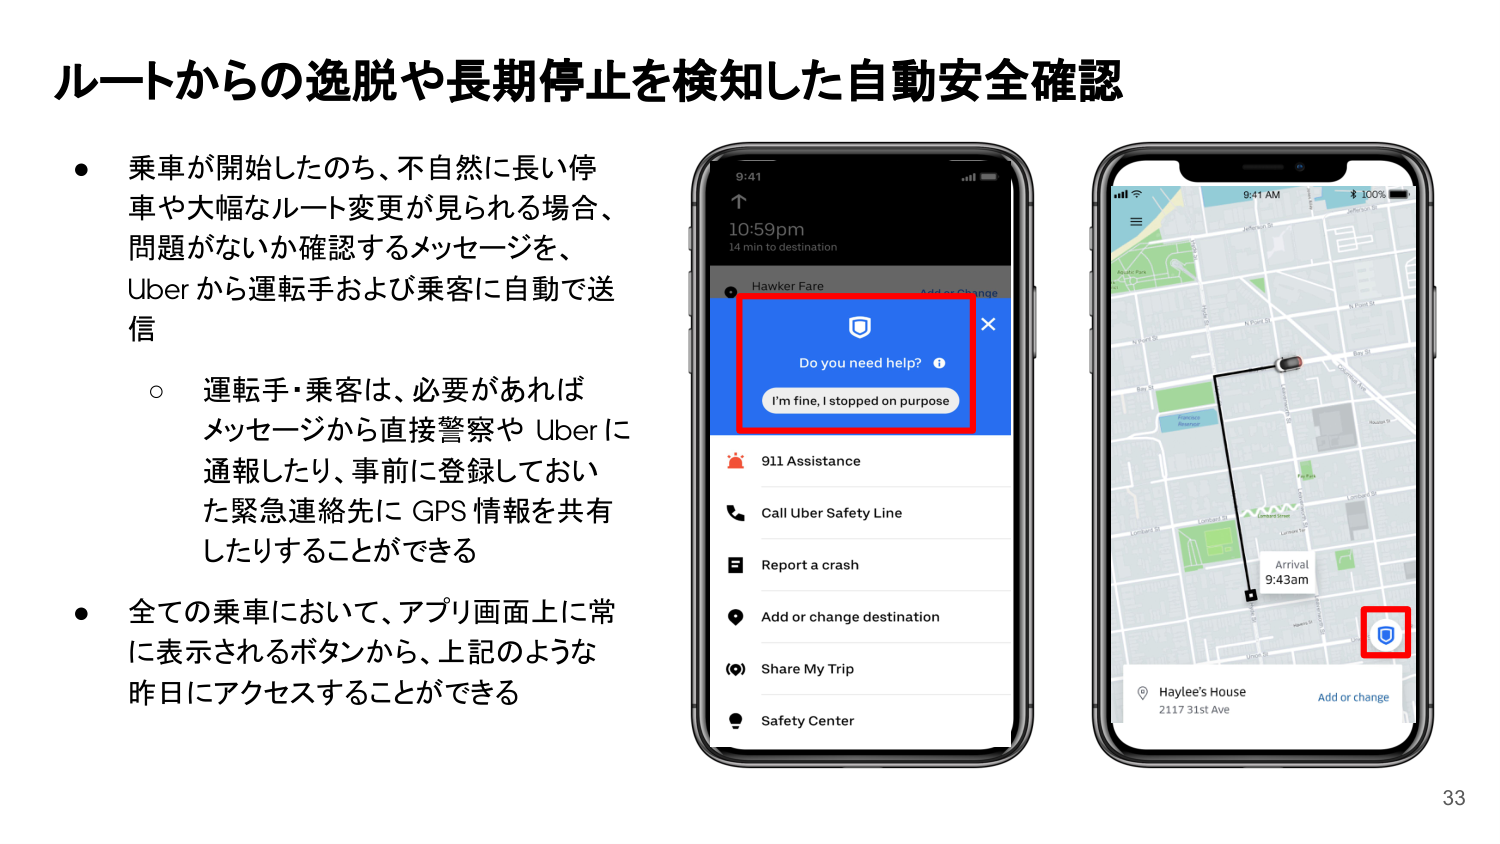
ルートからの逸脱や長期停止を検知した自動安全確認

● 乗車が開始したのち、不自然に長い停車や大幅なルート変更が見られる場合、問題がないか確認するメッセージを、Uber から運転手および乗客に自動で送信
　○ 運転手・乗客は、必要があればメッセージから直接警察や Uber に通報したり、事前に登録しておいた緊急連絡先に GPS 情報を共有したりすることができる

● 全ての乗車において、アプリ画面上に常に表示されるボタンから、上記のような昨日にアクセスすることができる

9:41
↑
10:59pm
14 min to destination
Hawker Fare
Add or Change
Do you need help? i
I'm fine, I stopped on purpose
911 Assistance
Call Uber Safety Line
Report a crash
Add or change destination
Share My Trip
Safety Center

8:41 AM
100%
Arrival
9:43am
Haylee's House
2117 31st Ave
Add or change

33